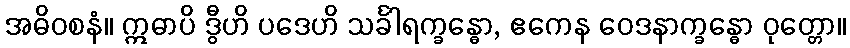
အဓိဝစနံ။ ဣဓာပိ ဒွီဟိ ပဒေဟိ သင်္ခါရက္ခန္ဓော, ဧကေန ဝေဒနာက္ခန္ဓော ဝုတ္တော။